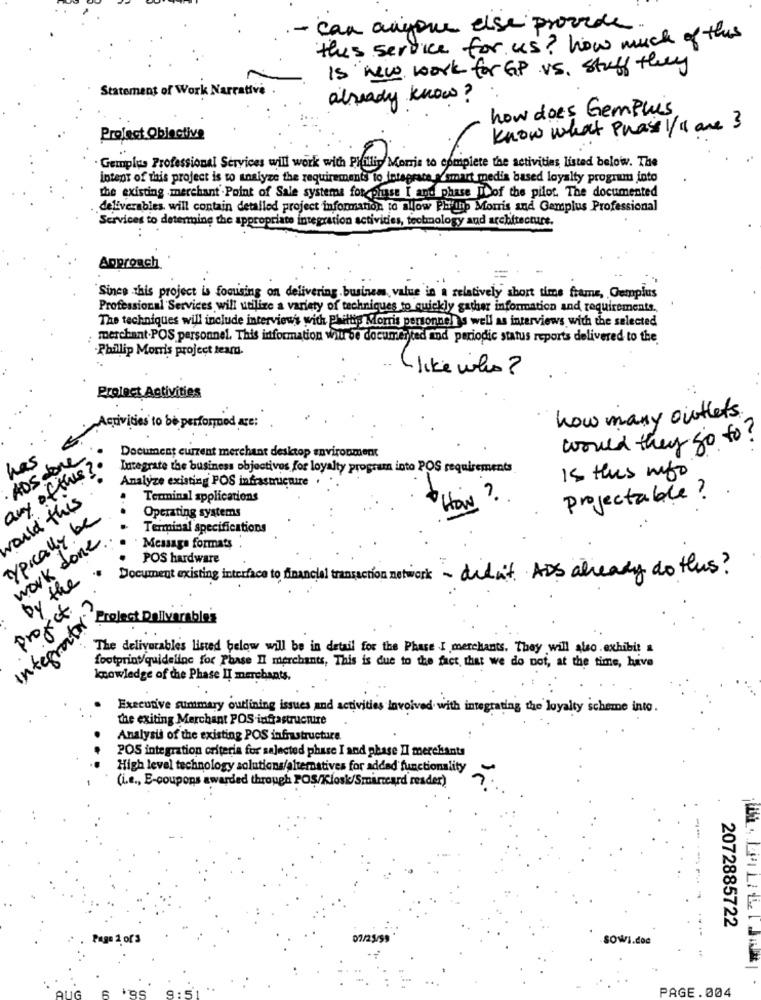
can anyone else provide
this service for us? how much of this
Is heve work for GP vs. stuff they
Statement of Work Narrative .
already know?
how does Gemplus
know what Phase 1/11 are 3
Project Obiactive
Gemplus Professional Services will work with Phillip Morris to complete the activities listed below. The
intent of this project is to analyze the requirements to integrate a smart medis based loyalty program into
the existing merchant Point of Sale systems for phase I and phase Deof the pilot. The documented
deliverables will contain detailed project information to allow PH'thp Morris and Gemplus Professional
Services to determine the appropriate integration activities, technology and architecture.
Approach
Since this project is focusing on delivering business, value in a relatively short time frame, Gemplus
Professional Services will utilize a variety of techniques to quickly gather information and requirements.
The techniques will include interview's with Phillip Morris personnels well as interviews with the selected
merchant.POS personnel. This information will be documented and periodic status reports delivered to the
Phillip Morris project team.
like who?
Prolact Activities
how many outlets
Activities to be performed are:
would they go to ?
Document current merchant desktop environment
has
ADS done
any of this?
Integrate the business objectives for loyalty program into POS requirements
Is this info
Analyze existing POS infrastucuire
would this
Terminal applications
projectable ?
How
Typically be
Operating systems
Terminal specifications
work done
Message formats
POS hardware
Dy the
Document existing interface to financial transaction network - didn't ADS already do this ?
Projet
Crelect Deliverables
Integrant
The deliverables listed below will be in detail for the Phase I merchants. They will also exhibit a
footprint/quidelinc for Phase Il merchants, This is due to the fact that we do not, at the time, have
knowledge of the Phase II merchants.
Executive summary outlining issues and activities Involved with integrating the loyalty scheme into.
the exiting Merchant POS infrastructure
Analysis of the existing POS infrastructure.
POS integration criteria for salected phase I and phase II merchants
High level technology solutions/alternatives for added functionality
(i.e ., E-coupons awarded through POS/Kiosk/Smartcard reader)
-----
2072885722
1 of3
sowi.doc
PAGE.004